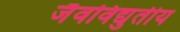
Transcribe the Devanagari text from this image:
जैवविद्युतीय